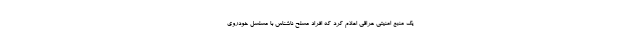
یک منبع امنیتی عراقی اعلام کرد که افراد مسلح ناشناس با مسلسل خودروی